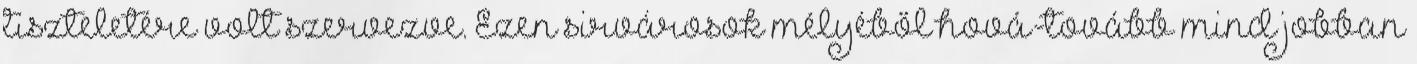
tiszteletére volt szervezve. Ezen sirvárosok mélyéből hová-tovább mind jobban